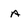
Character: a